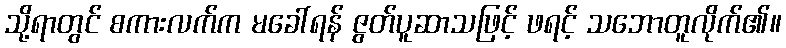
သို့ရာတွင် စကားလက်က မခေါ်ရန် ဇွတ်ပူဆာသဖြင့် ဖရင့် သဘောတူလိုက်၏။